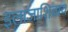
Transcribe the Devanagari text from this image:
इलाजाशिवाय